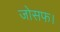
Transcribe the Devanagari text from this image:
जोसफ।